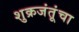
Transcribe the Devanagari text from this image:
शुक्रजंतूंचा